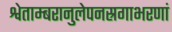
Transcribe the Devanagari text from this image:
श्वेताम्बरानुलेपनस्रगाभरणां